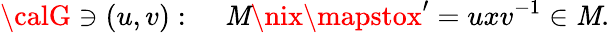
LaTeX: {\calG}\ni(u,v):\; \; \; \; {\cal\mathit{M}}\nix\mapstox^{\prime}=uxv^{-1}\in{\cal\mathit{M}}.